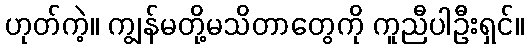
ဟုတ်ကဲ့။ ကျွန်မတို့မသိတာတွေကို ကူညီပါဦးရှင်။